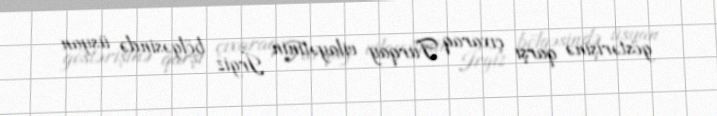
göstərişinə qarşı çıxaraq Turqay vilayətinin İrgiz bölgəsində üsyan